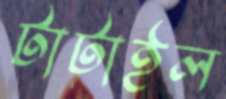
টাটাইল